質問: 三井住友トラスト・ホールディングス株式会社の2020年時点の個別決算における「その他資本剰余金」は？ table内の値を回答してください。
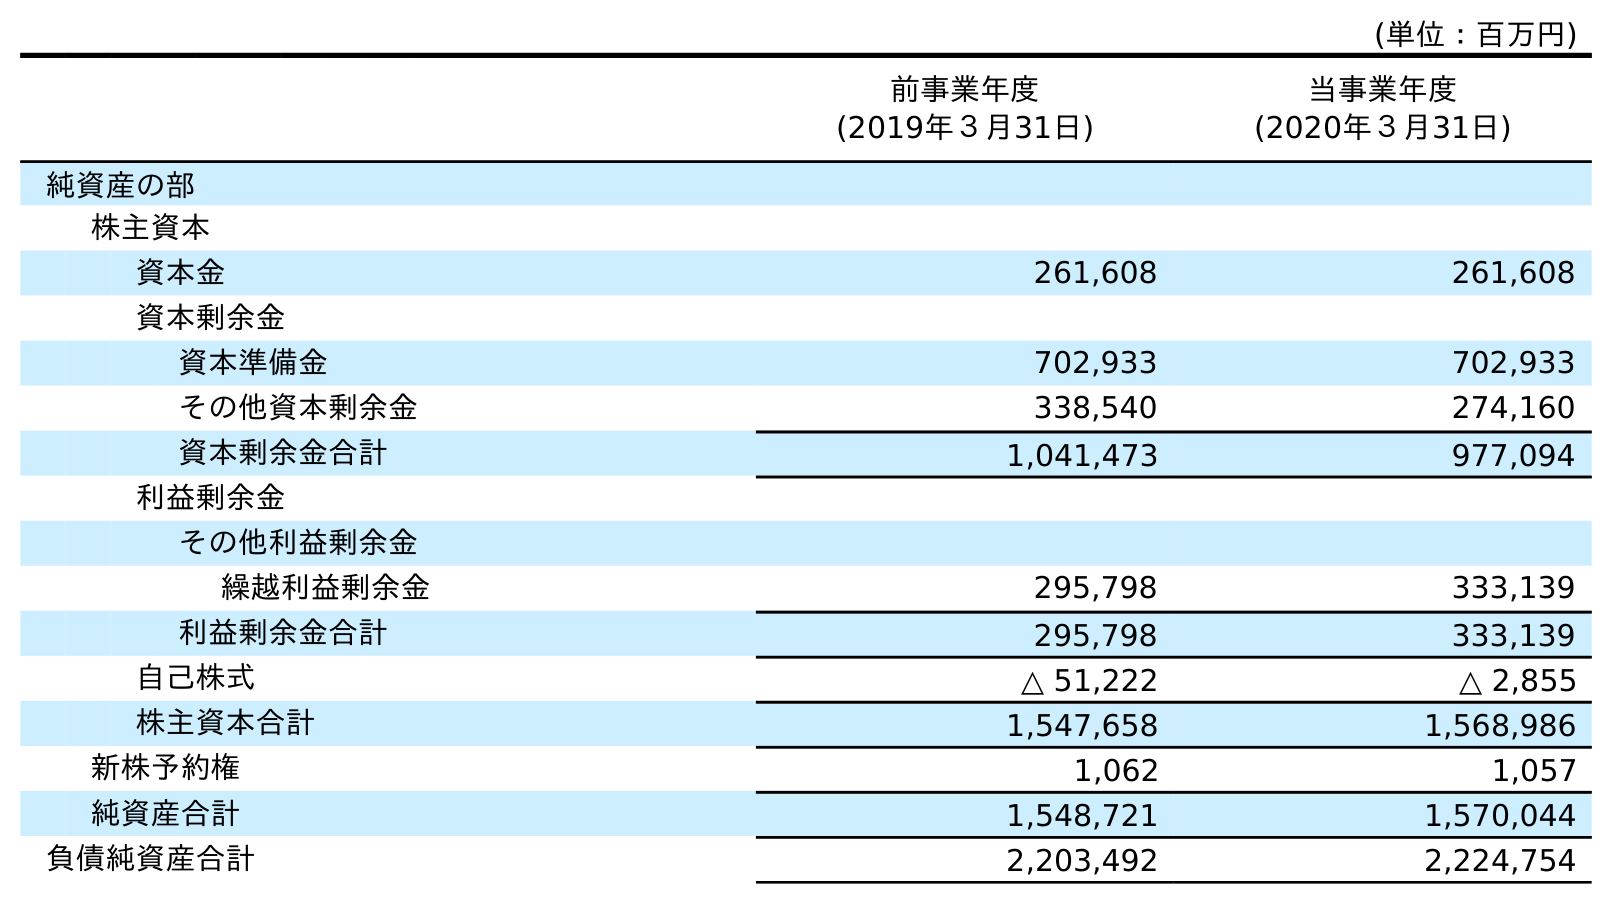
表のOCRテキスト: (単位：百万円) 前事業年度 (2019年３月31日) 当事業年度 (2020年３月31日) 純資産の部 株主資本 資本金 261,608 261,608 資本剰余金 資本準備金 702,933 702,933 その他資本剰余金 338,540 274,160 資本剰余金合計 1,041,473 977,094 利益剰余金 その他利益剰余金 繰越利益剰余金 295,798 333,139 利益剰余金合計 295,798 333,139 自己株式 △ 51,222 △ 2,855 株主資本合計 1,547,658 1,568,986 新株予約権 1,062 1,057 純資産合計 1,548,721 1,570,044 負債純資産合計 2,203,492 2,224,754
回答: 274,160